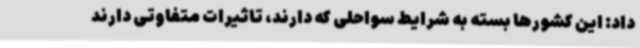
داد: این کشورها بسته به شرایط سواحلی که دارند، تاثیرات متفاوتی دارند